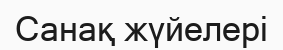
Санақ жүйелері